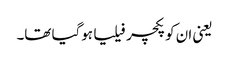
یعنی ان کو پکچر فیلیا ہوگیا تھا۔